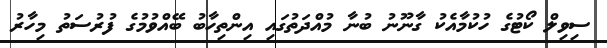
ސިވިލް ކޯޓުގެ ހުކުމާއެކު ގާނޫނު ބުނާ މުއްދަތުގައި އިންތިހާބު ބޭއްވުމުގެ ފުރުސަތު މިހާރު